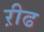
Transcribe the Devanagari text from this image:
ऱीढ